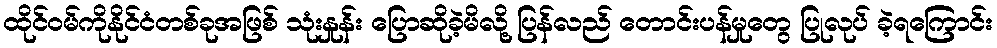
ထိုင်ဝမ်ကိုနိုင်ငံတစ်ခုအဖြစ် သုံးနှုန်း ပြောဆိုခဲ့မိလို့ ပြန်လည် တောင်းပန်မှုတွေ ပြုလုပ် ခဲ့ရကြောင်း